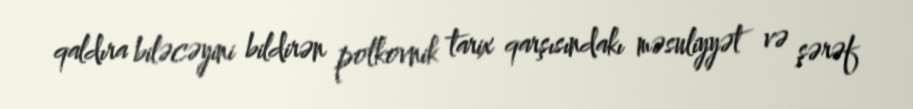
qaldıra biləcəyini bildirən polkovnik tarix qarşısındakı məsuliyyət və şərəf